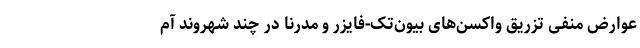
عوارض منفی تزریق واکسن‌های بیون‌تک-فایزر و مدرنا در چند شهروند آم